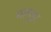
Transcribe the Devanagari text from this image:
मागुइर